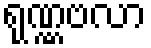
ရုဏ္ဏဗလာ